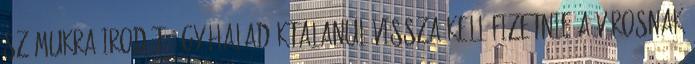
számukra irodát, úgy haladéktalanul vissza kell fizetnie a városnak